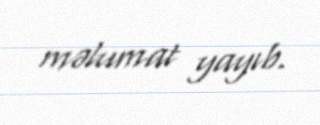
məlumat yayıb.